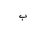
Letter: _ba